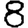
Digit: 8